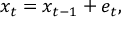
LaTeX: x _ { t } = x _ { t - 1 } + e _ { t } ,